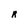
Character: R